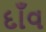
દાઁવ